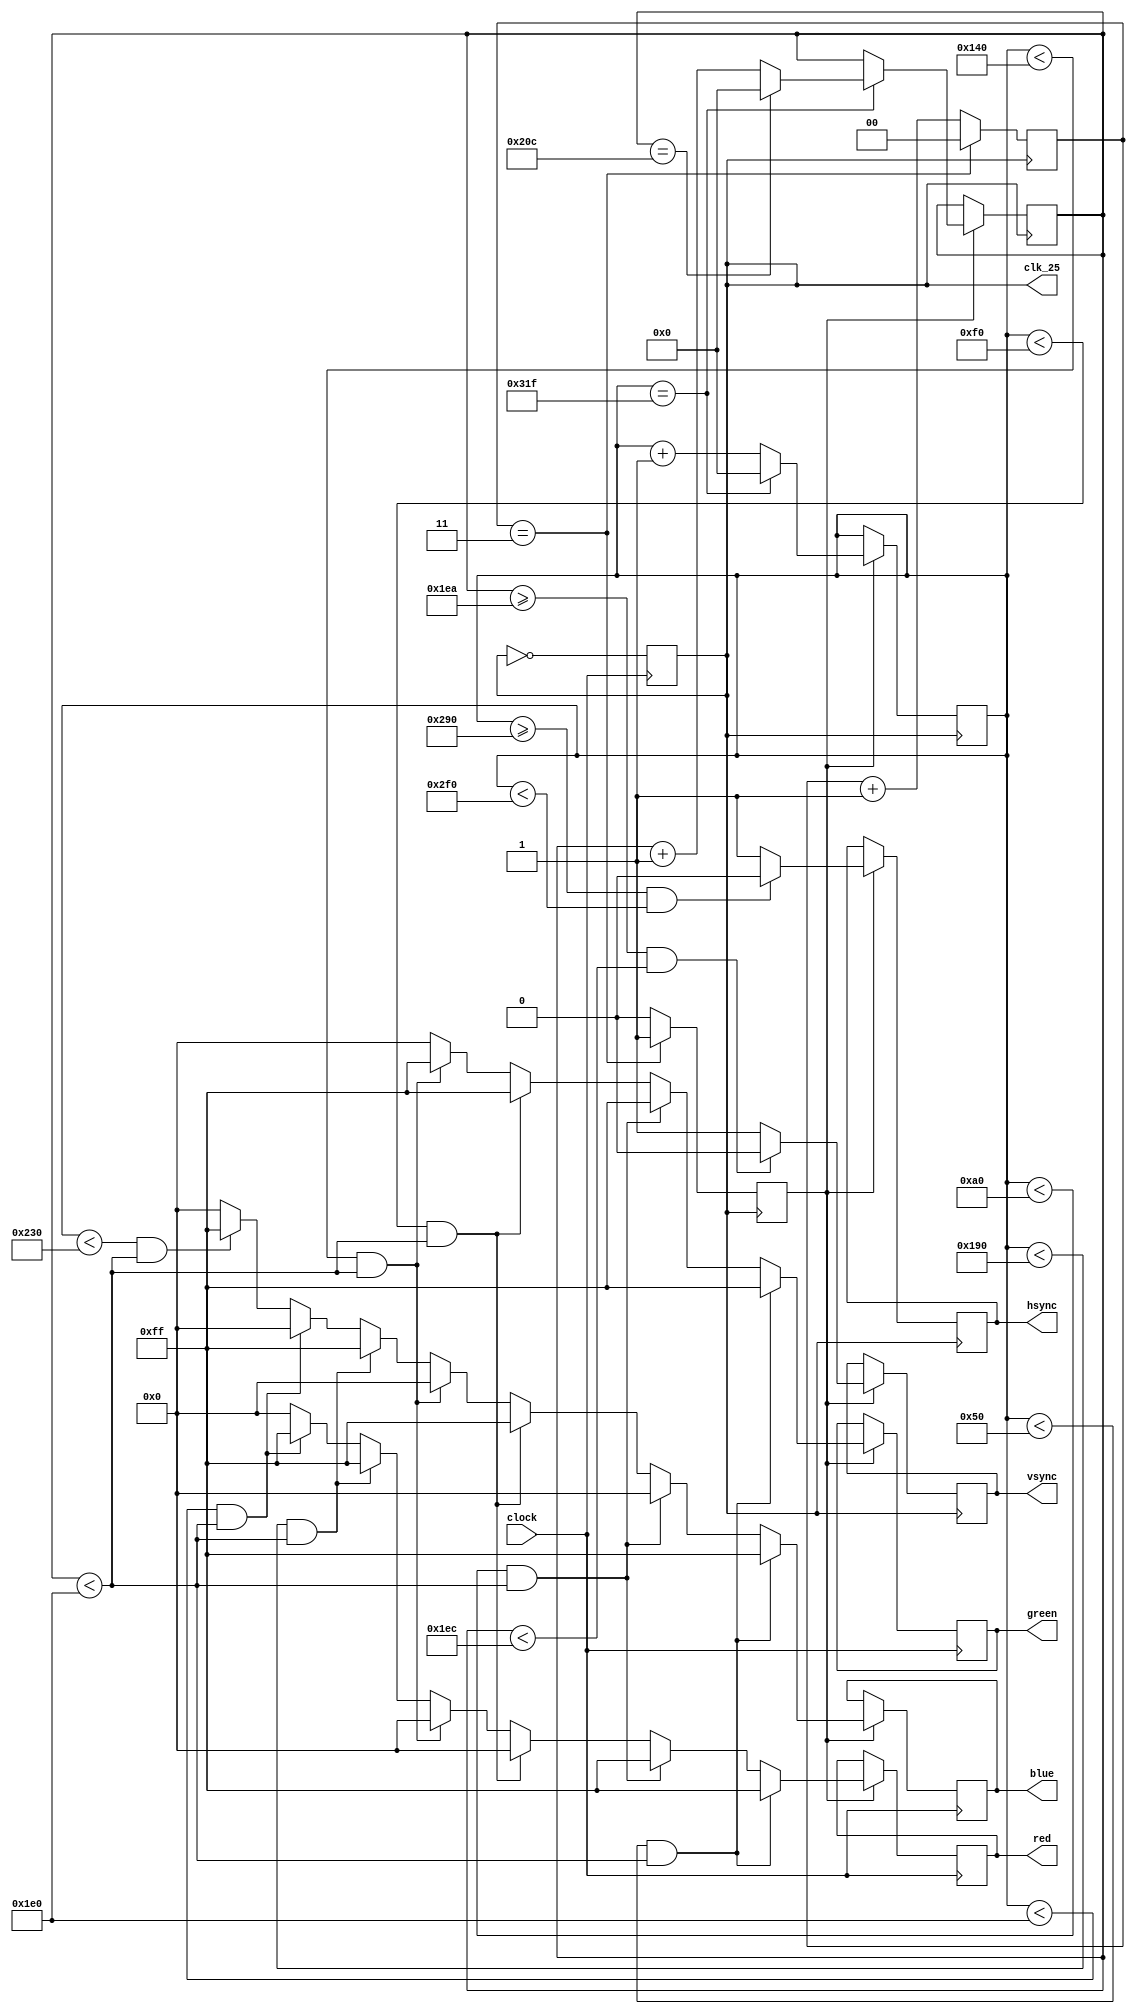
`timescale 1ns / 1ps
module telesto_vga(
  input clock,
  output reg clk_25,
  output reg [7:0] red, blue, green,
  output reg hsync, 
  output reg vsync
);

reg [9:0] hcount = 0;
reg [9:0] vcount = 0;
reg [1:0] counter = 0;
reg enable;


always @(posedge clock) begin 
	clk_25 = ~clk_25;
	end

always @ (posedge clk_25)
begin
  if (counter == 3)
  begin
    counter <= 1'b0;
    enable <= 1'b1;
  end
  else
  begin
    counter <= counter + 1'b1;
    enable <= 1'b0;
  end
end

always @(posedge clk_25)
begin
  if (enable == 1)
  begin
    if(hcount == 799)
    begin
      hcount <= 0;
      if(vcount == 524)
        vcount <= 0;
      else 
        vcount <= vcount+1'b1;
    end
    else
      hcount <= hcount+1'b1;
 
 
  if (vcount >= 490 && vcount < 492) 
    vsync <= 1'b0;
  else
    vsync <= 1'b1;

  if (hcount >= 656 && hcount < 752) 
    hsync <= 1'b0;
  else
    hsync <= 1'b1;
  end
end

always @ (posedge clock)
begin
  if (enable)
  begin
    if (hcount < 80 && vcount < 480)
    begin
      green <= 8'b11111111;
		blue <= 8'b11111111;
		red <= 8'b11111111;
    end
    else if (hcount < 160 && vcount < 480) 
    begin
		green <= 8'b11111111;
		blue <= 8'b00000000;
		red <= 8'b11111111;
    end
    else if (hcount < 240 && vcount < 480)
    begin
      green <= 8'b11111111;
		blue <= 8'b11111111;
      red <= 8'b00000000;
    end
    else if (hcount < 320 && vcount < 480)
    begin
      green <= 8'b11111111;
		blue <= 8'b00000000;
      red <= 8'b00000000;
    end
    else if (hcount < 400 && vcount < 480)
    begin
      green <= 8'b00000000;
		blue <= 8'b11111111;
		red <= 8'b11111111;
    end
    else if (hcount < 480 && vcount < 480)
    begin
      green <= 8'b00000000;
		blue <= 8'b00000000;
		red <= 8'b11111111;
    end
    else if (hcount < 560 && vcount < 480)
    begin
      green <= 8'b00000000;
		blue <= 8'b11111111;
      red <= 8'b00000000;
    end
    else if (hcount < 640 && vcount < 480)
    begin
      green <= 8'b00000000;
		blue <= 8'b00000000;
      red <= 8'b00000000;
    end
    else 
    begin
      green <= 8'b00000000;
		blue <= 8'b00000000;
      red <= 8'b00000000;
    end
  end 
end 
endmodule